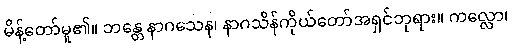
မိန့်တော်မူ၏။ ဘန္တေ နာဂသေန၊ နာဂသိန်ကိုယ်တော်အရှင်ဘုရား။ ကလ္လော၊